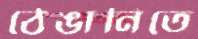
ঠেঙানিতে